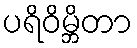
ပရိဝိမ္ဘိတာ